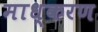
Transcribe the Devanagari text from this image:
माध्करण